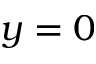
y = 0